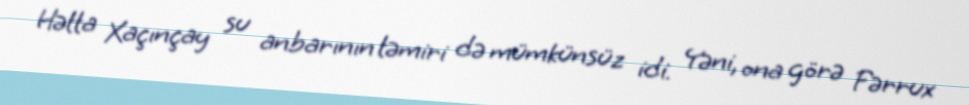
Hətta Xaçınçay su anbarının təmiri də mümkünsüz idi. Yəni, ona görə Fərrux